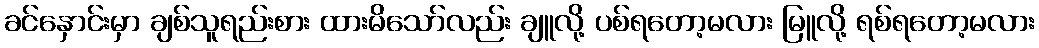
ခင်နှောင်းမှာ ချစ်သူရည်းစား ထားမိသော်လည်း ချူလို့ ပစ်ရတော့မလား မြူလို့ ရစ်ရတော့မလား